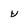
Character: v